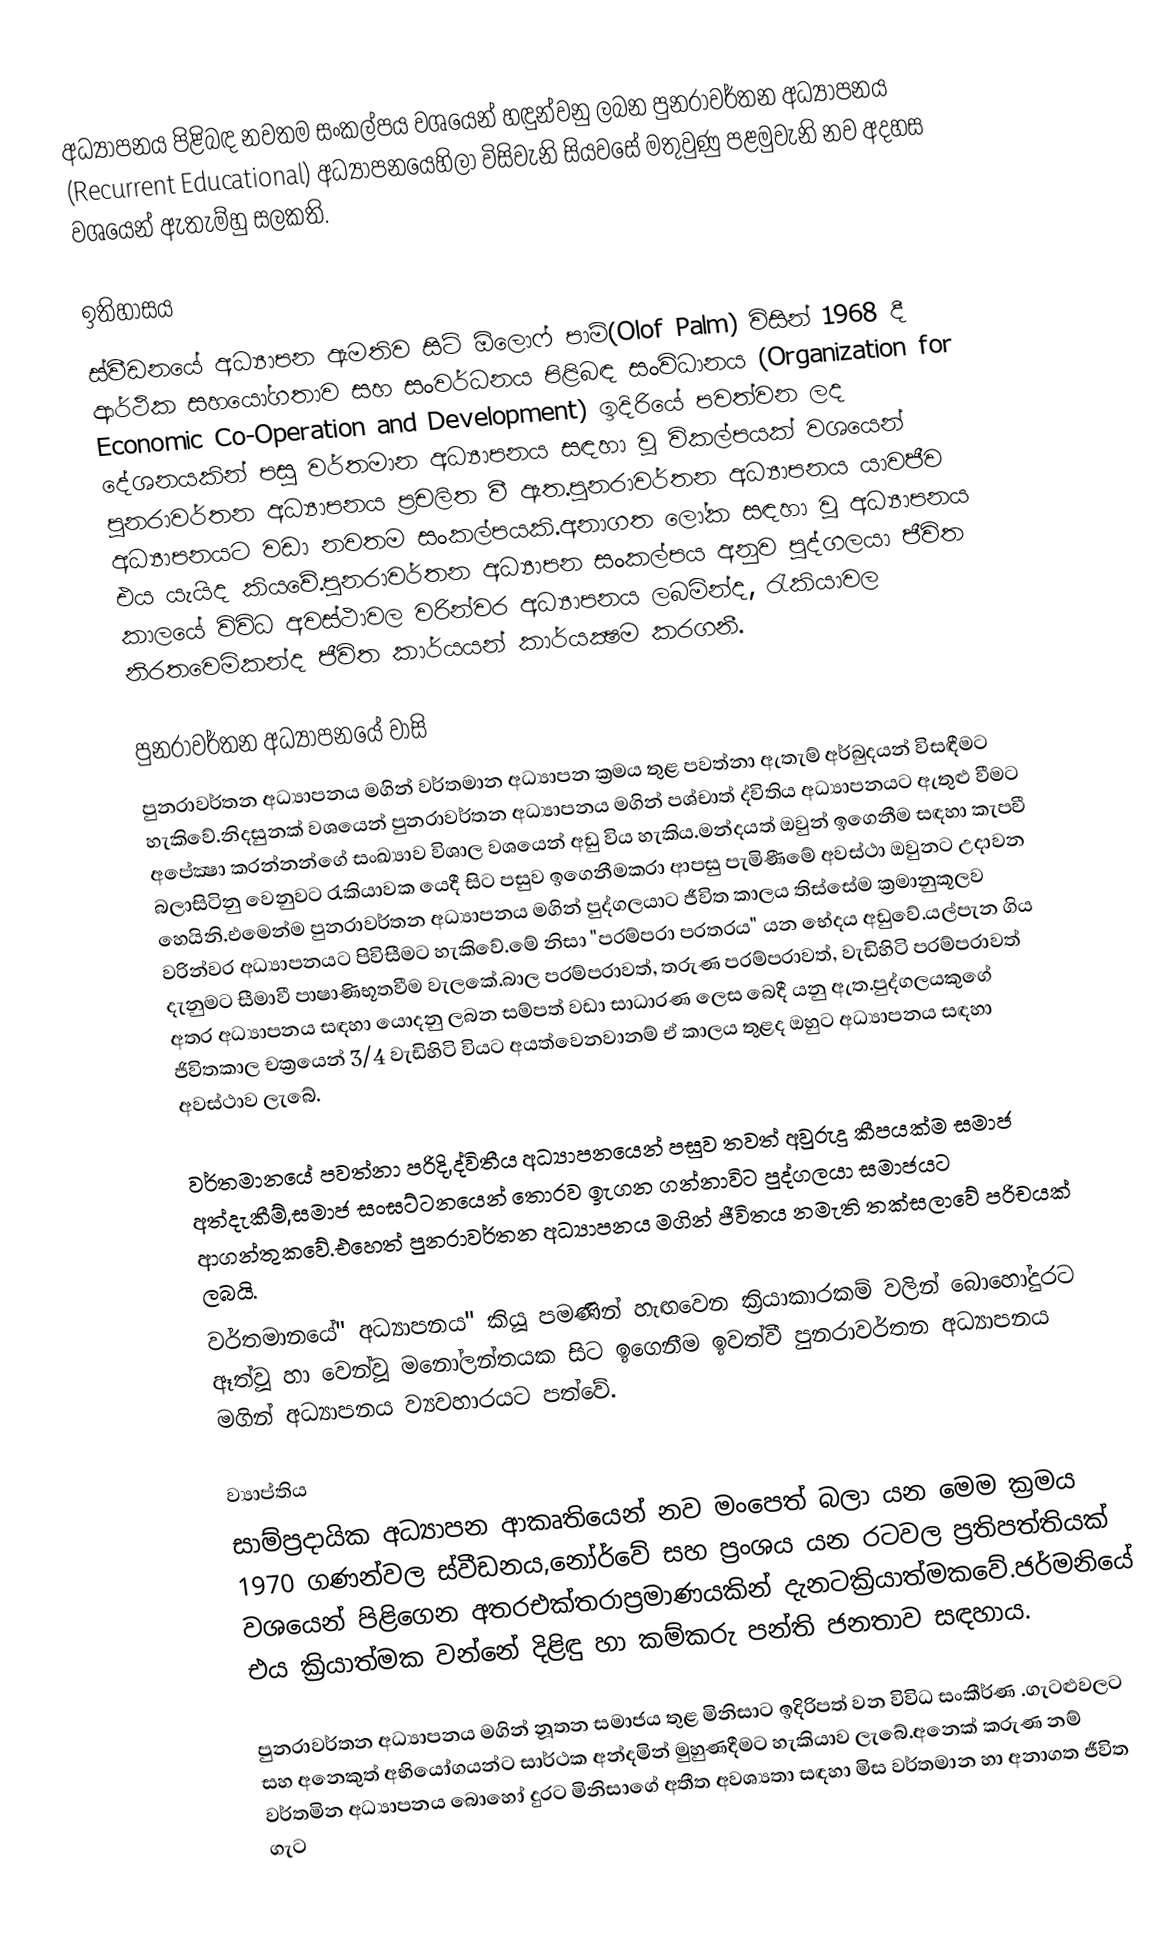
අධ්‍යාපනය පිළිබඳ නවතම සංකල්පය වශයෙන් හඳුන්වනු ලබන පුනරාවර්තන අධ්‍යාපනය (Recurrent Educational) අධ්‍යාපනයෙහිලා විසිවැනි සියවසේ මතුවුණු පළමුවැනි නව අදහස වශයෙන් ඇතැම්හු සලකති.

ඉතිහාසය
ස්වීඩනයේ අධ්‍යාපන ඇමතිව සිටි ඕලො‍ෆ් පාම්(Olof Palm) විසින් 1968 දී ආර්ථික සහයෝගතාව සහ සංවර්ධනය පිළිබඳ සංවිධානය (Organization for Economic Co-Operation and Development) ඉදිරියේ පවත්වන ලද දේශනයකින් පසු වර්තමාන අධ්‍යාපනය සඳහා වූ විකල්පයක් වශයෙන් පුනරාවර්තන අධ්‍යාපනය ප්‍රචලිත වී ඇත.පුනරාවර්තන අධ්‍යාපනය යාවජීව අධ්‍යාපනයට වඩා නවතම සංකල්පයකි.අනාගත ලෝක සඳහා වූ අධ්‍යාපනය එය යැයිද කියවේ.පුනරාවර්තන අධ්‍යාපන සංකල්පය අනුව පුද්ගලයා ජීවිත කාලයේ විවිධ අවස්ථාවල වරින්වර අධ්‍යාපනය ලබමින්ද, රැකියාවල නිරතවෙමිකන්ද ජීවිත කාර්යයන් කාර්යක්‍ෂම  කරගනී.

පුනරාවර්තන අධ්‍යාපනයේ වාසි
පුනරාවර්තන අධ්‍යාපනය මගින් වර්තමාන අධ්‍යාපන ක්‍රමය තුළ පවත්නා ඇතැම් අර්බුදයන් විසඳීමට හැකිවේ.නිදසුනක් වශයෙන් පුනරාවර්තන අධ්‍යාපනය මගින් පශ්චාත් ද්විතිය අධ්‍යාපනයට ඇතුළු වීමට අපේක්‍ෂා කරන්නන්ගේ සංඛ්‍යාව විශාල වශයෙන් අඩු විය හැකිය.මන්දයත් ඔවුන් ඉගෙනීම සඳහා කැපවී බලාසිටිනු වෙනුවට රැකියාවක යෙදී සිට පසුව ඉගෙනීමකරා ආපසු පැමිණීමේ අවස්ථා ඔවුනට උදාවන හෙයිනි.එමෙන්ම පුනරාවර්තන අධ්‍යාපනය මගින් පුද්ගලයාට ජීවිත කාලය තිස්සේම ක්‍රමානුකූලව වරින්වර අධ්‍යාපනයට පිවිසීමට හැකිවේ.මේ නිසා "පරම්පරා පරතරය" යන භේදය අඩුවේ.යල්පැන ගිය දැනුමට සීමාවී පාෂාණිභූතවීම වැලකේ.බාල පරම්පරාවත්, තරුණ පරම්පරාවත්, වැඩිහිටි පරම්පරාවත් අතර අධ්‍යාපනය සඳහා යොදනු ලබන සම්පත් වඩා සාධාරණ ලෙස බෙදී යනු ඇත.පුද්ගලයකුගේ ජිවිතකාල චක්‍රයෙන් 3/4 වැඩිහිටි වියට අයත්වෙනවානම් ඒ කාලය තුළද ඔහුට අධ්‍යාපනය සඳහා අවස්ථාව ලැබේ.

වර්තමානයේ පවත්නා පරිදි,ද්විතීය අධ්‍යාපනයෙන් පසුව තවත් අවුරුදු කීපයක්ම සමාජ අත්දැකීම්,සමාජ සංඝට්ටනයෙන් තොරව ඉැගන ගන්නාවිට පුද්ගලයා සමාජයට ආගන්තුකවේ.එහෙත් පුනරාවර්තන අධ්‍යාපනය මගින් ජීවිතය නමැති තක්සලාවේ පරිචයක් ලබයි.
වර්තමානයේ" අධ්‍යාපනය" කියූ පමණින් හැඟවෙන ක්‍රියාකාරකම් වලින් බොහෝදුරට ඈත්වූ හා වෙන්වූ මනෝලන්තයක සිට ඉගෙනීම ඉවත්වී පුනරාවර්තන අධ්‍යාපනය මගින් අධ්‍යාපනය ව්‍යවහාරයට පත්වේ.

ව්‍යාප්තිය
සාම්ප්‍රදායික අධ්‍යාපන ආකෘතියෙන් නව මංපෙත් බලා යන මෙම ක්‍රමය 1970 ගණන්වල ස්වීඩනය,නෝර්වේ සහ ප්‍රංශය යන රටවල ප්‍රතිපත්තියක් වශයෙන් පිළිගෙන අතරඑක්තරාප්‍රමාණයකින් දැනටක්‍රියාත්මකවේ.ජර්මනියේ එය ක්‍රියාත්මක වන්නේ දිළිඳු හා කම්කරු පන්ති ජනතාව සඳහාය.

පුනරාවර්තන අධ්‍යාපනය මගින් නූතන සමාජය තුළ මිනිසාට ඉදිරිපත් වන විවිධ සංකීර්ණ .ගැටළුවලට සහ අනෙකුත් අභියෝගයන්ට සාර්ථක අන්දමින් මුහුණදීමට හැකියාව ලැබේ.අනෙක් කරුණ නම් වර්තමින අධ්‍යාපනය බොහෝ දුරට මිනිසාගේ අතීත අවශ්‍යතා සඳහා මිස වර්තමාන හා අනාගත ජීවිත ගැට